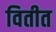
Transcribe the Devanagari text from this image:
वितीत